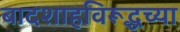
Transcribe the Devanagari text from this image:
बादशाहविरूद्धच्या